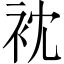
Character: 衴